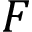
F